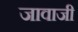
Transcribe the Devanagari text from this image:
जावाजी